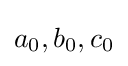
a_{0},b_{0},c_{0}